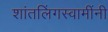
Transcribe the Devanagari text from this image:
शांतलिंगस्वामींनी